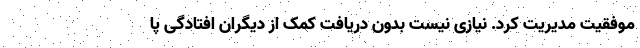
موفقیت مدیریت کرد. نیازی نیست بدون دریافت کمک از دیگران افتادگی پا